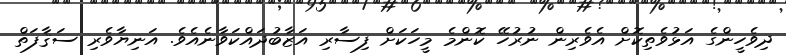
ދިވެހީންގެ އަޅުވެތިކޮށް އެވެރިން ނުރުހޭ ކޮންމެ މީހަކަށް ފިސާރި އަޒާބުދައްކަވާނެއެވެ. އަނިޔާވެރި ސަޤާފަތް